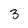
Character: 3